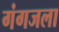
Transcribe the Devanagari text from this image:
गंगजला